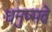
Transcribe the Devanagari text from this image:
धनुष्मते